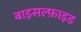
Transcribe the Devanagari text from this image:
बाइसल्फ़ाइड